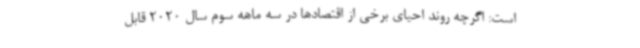
است: اگرچه روند احیای برخی از اقتصادها در سه ماهه سوم سال 2020 قابل